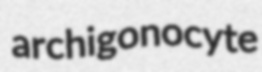
archigonocyte